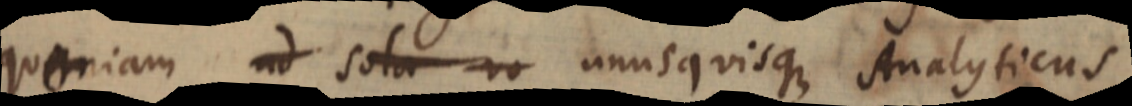
quoniam ad sola _ unusquisque Analyticus